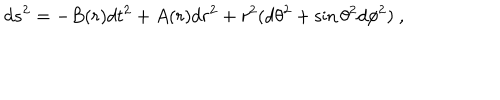
d s ^ { 2 } = - B ( r ) d t ^ { 2 } + A ( r ) d r ^ { 2 } + r ^ { 2 } ( d \theta ^ { 2 } + \sin \theta ^ { 2 } d \phi ^ { 2 } ) \ ,